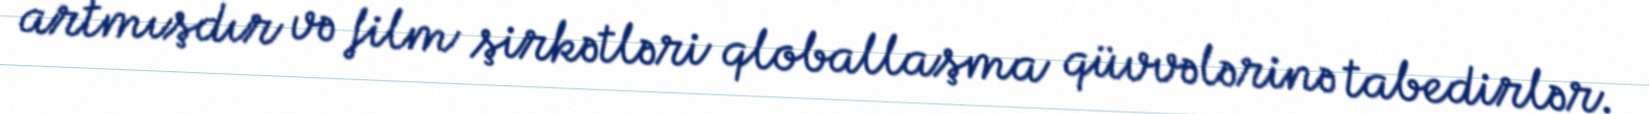
artmışdır və film şirkətləri qloballaşma qüvvələrinə tabedirlər.